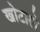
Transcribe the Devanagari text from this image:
खोटाले